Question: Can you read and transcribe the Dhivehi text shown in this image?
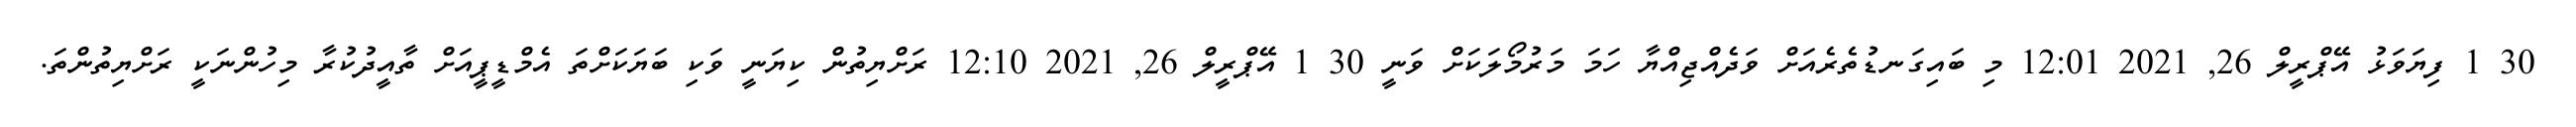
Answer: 30 1 ފިޔަވަޅު އޭޕްރީލް 26, 2021 12:01 މި ބައިގަނޑުތެރެއަށް ވަދެއްޖިއްޔާ ހަމަ މަރުމޯލަކަށް ވަނީ 30 1 އޭޕްރީލް 26, 2021 12:10 ރަށްޔިތުން ކިޔަނީ ވަކި ބަޔަކަށްތަ އެމްޑީޕީއަށް ތާއީދުކުރާ މިހުންނަކީ ރަށްޔިތުންތަ.